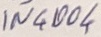
Text: IN4004